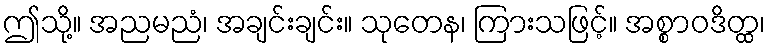
ဤသို့။ အညမညံ၊ အချင်းချင်း။ သုတေန၊ ကြားသဖြင့်။ အစ္စာဝဒိတ္ထ၊